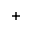
+